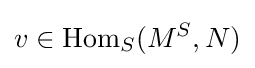
v\in {\text{Hom}}_{S}(M^{S},N)